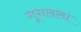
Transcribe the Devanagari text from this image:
गूगलला